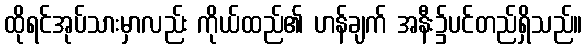
ထိုရင်အုပ်သားမှာလည်း ကိုယ်ထည်၏ ဟန်ချက် အနီး၌ပင်တည်ရှိသည်။